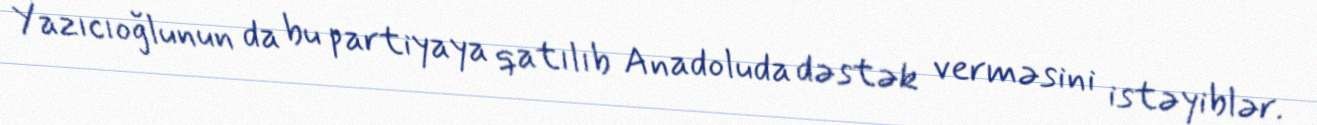
Yazıcıoğlunun da bu partiyaya qatılıb Anadoluda dəstək verməsini istəyiblər.